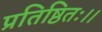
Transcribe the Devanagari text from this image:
प्रतिष्ठितः।।